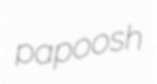
papoosh